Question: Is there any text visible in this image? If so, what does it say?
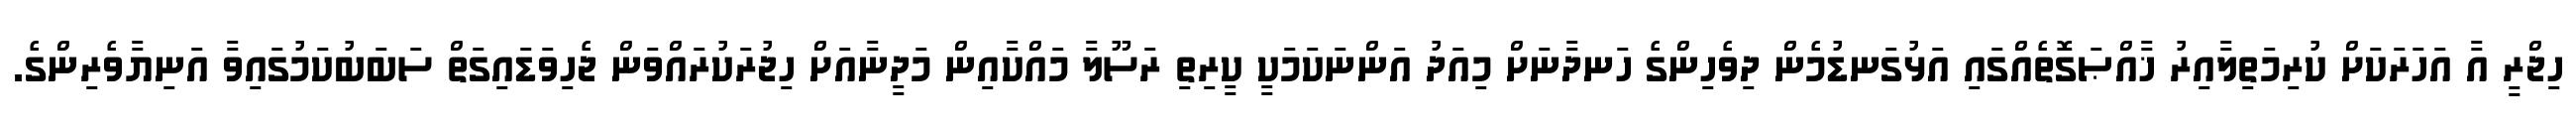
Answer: ހިޖްރީ އާ އަހަރަކަށް ކުރިމަތިލާއިރު ޚާއްޞަގޮތެއްގައި އަޅުގަނޑުމެން ދިވެހިންގެ ހަނދާނަށް މިއަދު އަންނަކަމަކީ ކީރިތި ރަސޫލާ މައްކާއިން މަދީނާއަށް ހިޖުރަކުރައްވަން ޖެހިވަޑައިގަތް ސަބަބުކަމުގައިވާ އަނިޔާވެރިންގެ.